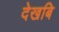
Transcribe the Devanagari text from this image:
देखबि